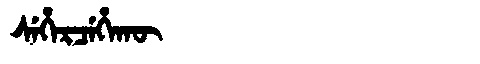
Manchu: ᠰᡝᡥᡝᡵᠴᡝᡥᠠᡴᡡ
Romanization: SEHERCEHAKŪ